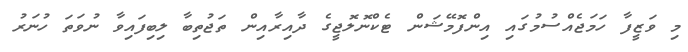
މި ވަޒީފާ ހަމަޖެއްސުމުގައި އިންފޮމޭޝަން ޓެކްނޮލޮޖީގެ ދާއިރާއިން ތަޖުތިބާ ލިބިފައިވާ ނުވަތަ ހުނަރު